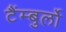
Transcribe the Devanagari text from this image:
टैंम्बुर्लो